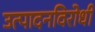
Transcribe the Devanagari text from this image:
उत्पादनविरोधी